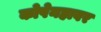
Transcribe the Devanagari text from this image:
कोपेनहावर